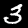
Label: 3